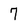
Character: 7